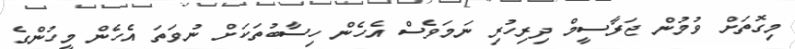
މިގޮތަށް ވުމުން ޖަރާސީމް ދިރިހުރި ނަމަވެސް އެހެން ހިސާބުތަކަށް ނުވަތަ އެހެން މީހުންގެ